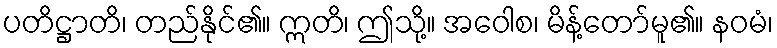
ပတိဋ္ဌာတိ၊ တည်နိုင်၏။ ဣတိ၊ ဤသို့။ အဝေါစ၊ မိန့်တော်မူ၏။ နဝမံ၊